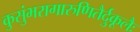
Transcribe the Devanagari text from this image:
कुसुंभरागारुणितैर्दुकूलैः